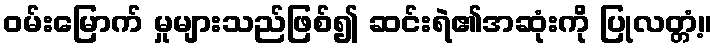
ဝမ်းမြောက် မှုများသည်ဖြစ်၍ ဆင်းရဲ၏အဆုံးကို ပြုလတ္တံ့။